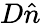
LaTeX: D\hat{n}